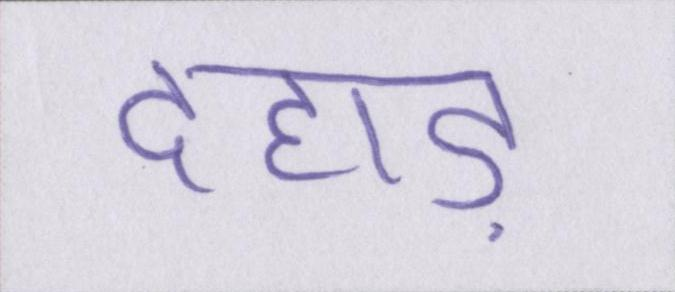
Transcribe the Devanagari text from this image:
दहाड़